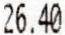
26.40